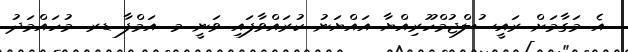
އެ މަގާމަށް ރައީސުލްޖުމްހޫރިއްޔާ އައްޔަނު ކުރައްވާފައި ވަނީ މ. އަމްފާ ޑރ. މުހައްމަދު